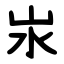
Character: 汖